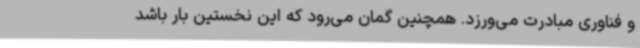
و فناوری مبادرت می‌ورزد. همچنین گمان می‌رود که این نخستین بار باشد